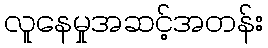
လူနေမှုအဆင့်အတန်း